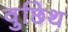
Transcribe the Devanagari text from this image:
वुछिथ